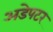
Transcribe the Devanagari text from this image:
अडेपटर